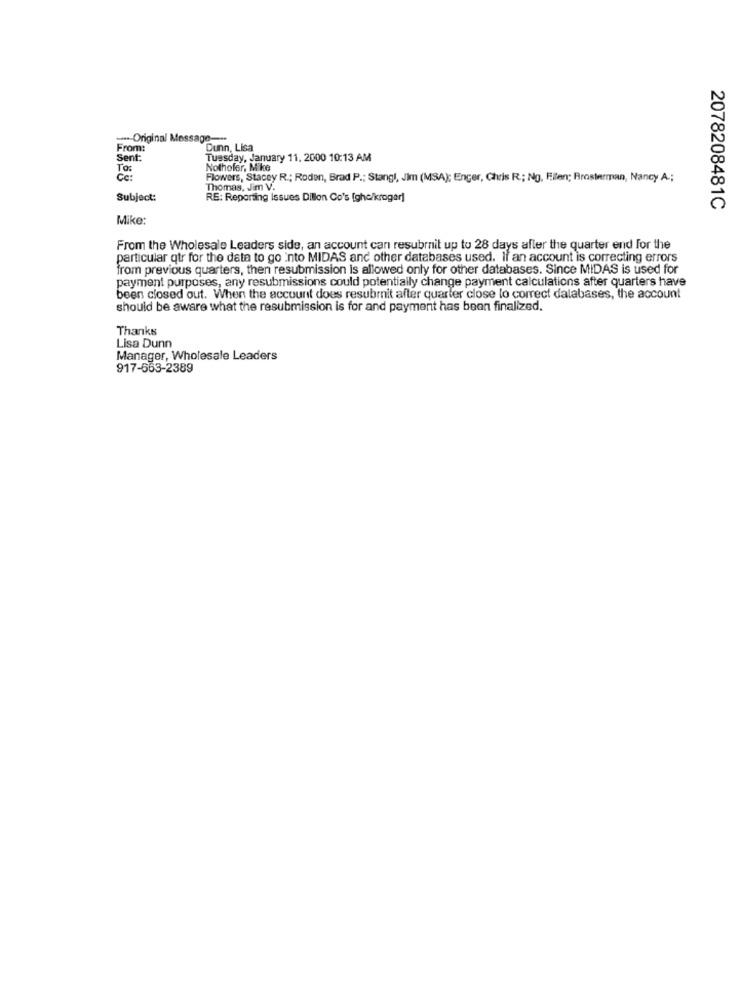
--- Original Message --
From:
Dunn, Lisa
Sent:
Tuesday, January 11. 2000 10:13 AM
To:
Nothofer, M
Če:
Flowers, Stacey R .; Roden, Brad P .; Stangl, Jim (MSA); Enger, Chris R .; Ng, Filen; Rrosterman, Nancy A .;
Thomas, Jim V.
Subject:
RE: Reporting Issues Dillon Co's [ghe/kroger]
2078208481C
Mike:
From the Wholesale Leaders side, an account can resubmit up to 28 days after the quarter end for the
particular qtr for the data to go into MIDAS and other databases used. If an account is correcting errors
from previous quarters, then resubmission is allowed only for other databases. Since MIDAS is used for
payment purposes, any resubmissions could potentially change payment calculations after quarters have
been closed out. When the account does resubmit after quarter close to correct dalabases, the account
should be aware what the resubmission is for and payment has been finalized.
Thanks
Lisa Dunn
Manager, Wholesale Leaders
917-663-2389